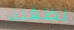
لطفلة